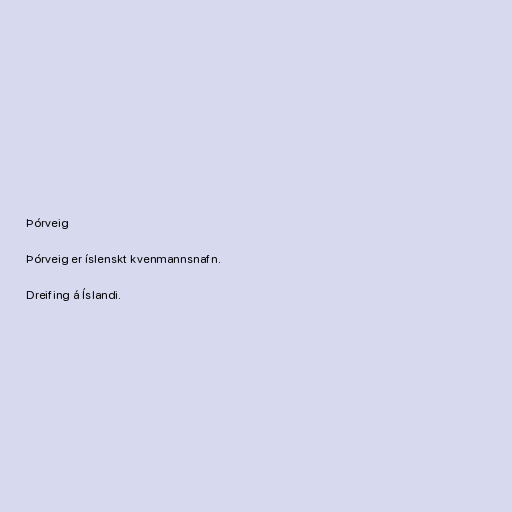
Þórveig

Þórveig er íslenskt kvenmannsnafn.

Dreifing á Íslandi.